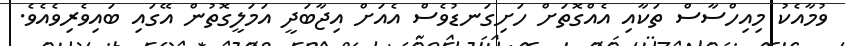
ވުމާއެކު މިއިހްސާސް ތަކާއި އެއްގޮތަށް ހަށިގަނޑުވެސް އެއަށް އިޖާބަދީ އަމަލީގޮތުން އޭގައި ބައިވެރިވެއެވެ.